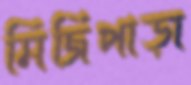
মিজিপাড়া